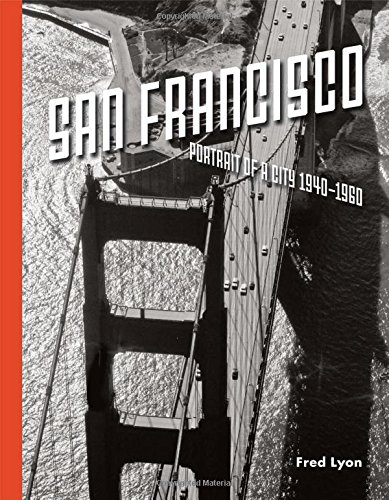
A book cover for San Francisco, Portrait of a City: 1940-1960; Fred Lyon; Arts & Photography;